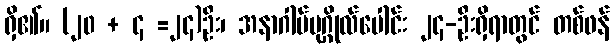
ရှိ၏။ (၂၀ + ၄ =၂၄)ဦး၊ အနာဂါမ်ပုဂ္ဂိုလ်ပေါင်း ၂၄-ဦးရှိရာတွင် တစ်ဖန်